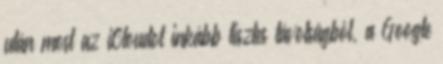
után most az iCloudot inkább tisztes távolságból, a Google